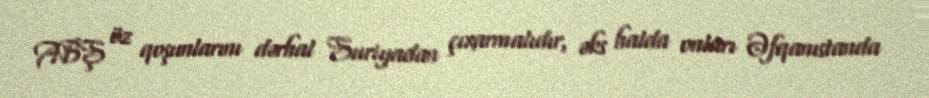
ABŞ öz qoşunlarını dərhal Suriyadan çıxarmalıdır, əks halda onları Əfqanıstanda